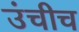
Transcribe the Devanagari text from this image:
उंचीच